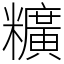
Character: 䊯